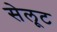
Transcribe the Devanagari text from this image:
सेलूट